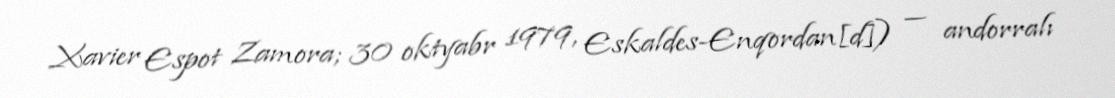
Xavier Espot Zamora; 30 oktyabr 1979, Eskaldes-Enqordan[d]) — andorralı